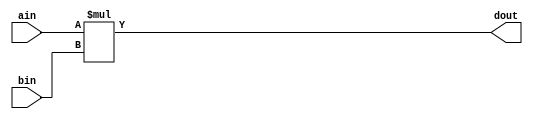
`timescale 1ns / 1ps
//////////////////////////////////////////////////////////////////////////////////
// Company: 
// Engineer: 
// 
// Design Name: 
// Module Name: mymul
// Project Name: 
// Target Devices: 
// Tool Versions: 
// Description: 
// 
// Dependencies: 
// 
// Revision:
// Revision 0.01 - File Created
// Additional Comments:
// 
//////////////////////////////////////////////////////////////////////////////////


module my_mul #(
    parameter BITWIDTH = 32
)
(
    input [BITWIDTH-1:0] ain,
    input [BITWIDTH-1:0] bin,
    output [2*BITWIDTH-1:0] dout
    );
    
    assign dout = ain * bin;
    
endmodule